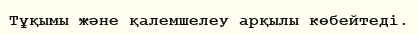
Тұқымы және қалемшелеу арқылы көбейтеді.